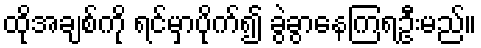
ထိုအချစ်ကို ရင်မှာပိုက်၍ ခွဲခွာနေကြရဦးမည်။